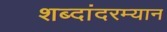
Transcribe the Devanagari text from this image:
शब्दांदरम्यान